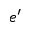
e ^ { \prime }